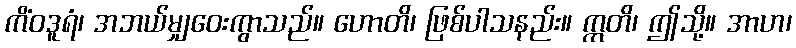
ကိံဝဒူရံ၊ အဘယ်မျှဝေးကွာသည်။ ဟောတိ၊ ဖြစ်ပါသနည်း။ ဣတိ၊ ဤသို့။ အာဟ၊